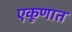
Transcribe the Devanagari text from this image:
एकूणात